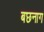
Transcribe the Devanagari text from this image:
बछनाग